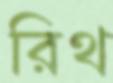
রিথ